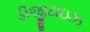
ડીજીટાઇઝ